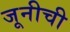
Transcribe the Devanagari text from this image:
जूनीची